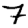
Digit: 7